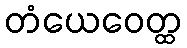
တံယေဝေတ္ထ